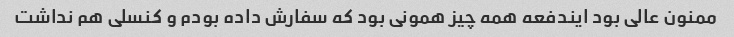
ممنون عالی بود ایندفعه همه چیز همونی بود که سفارش داده بودم و کنسلی هم نداشت